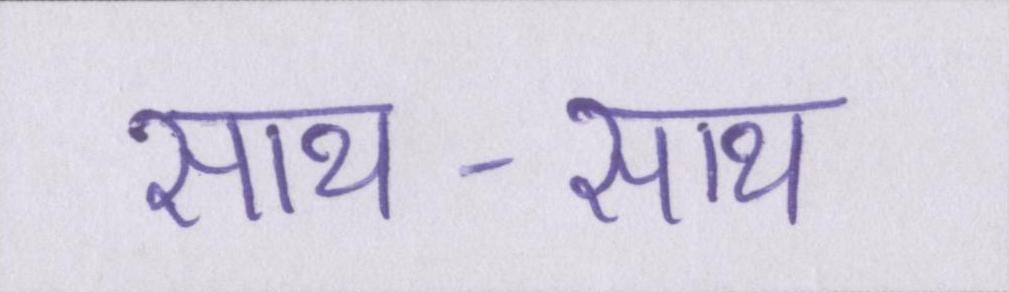
साथ-साथ